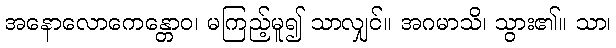
အနောလောကေန္တောဝ၊ မကြည့်မူ၍ သာလျှင်။ အဂမာသိ၊ သွား၏။ သာ၊